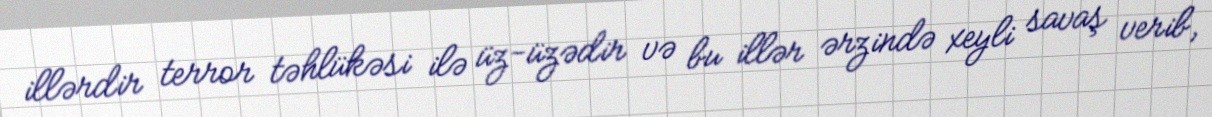
illərdir terror təhlükəsi ilə üz-üzədir və bu illər ərzində xeyli savaş verib,